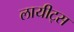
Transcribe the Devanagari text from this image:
लायीट्स